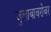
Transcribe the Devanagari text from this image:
जुलाबाबरोबर